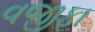
વજીફા